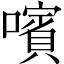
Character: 𡁟